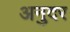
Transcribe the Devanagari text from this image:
अनुदर